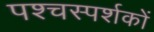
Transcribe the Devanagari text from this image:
पश्चस्पर्शकों